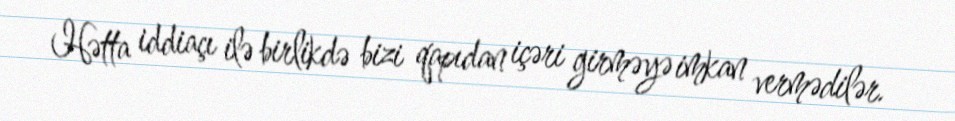
Hətta iddiaçı ilə birlikdə bizi qapıdan içəri girməyə imkan vermədilər.